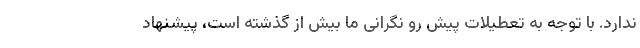
ندارد. با توجه به تعطیلات پیش رو نگرانی ما بیش از گذشته است، پیشنهاد